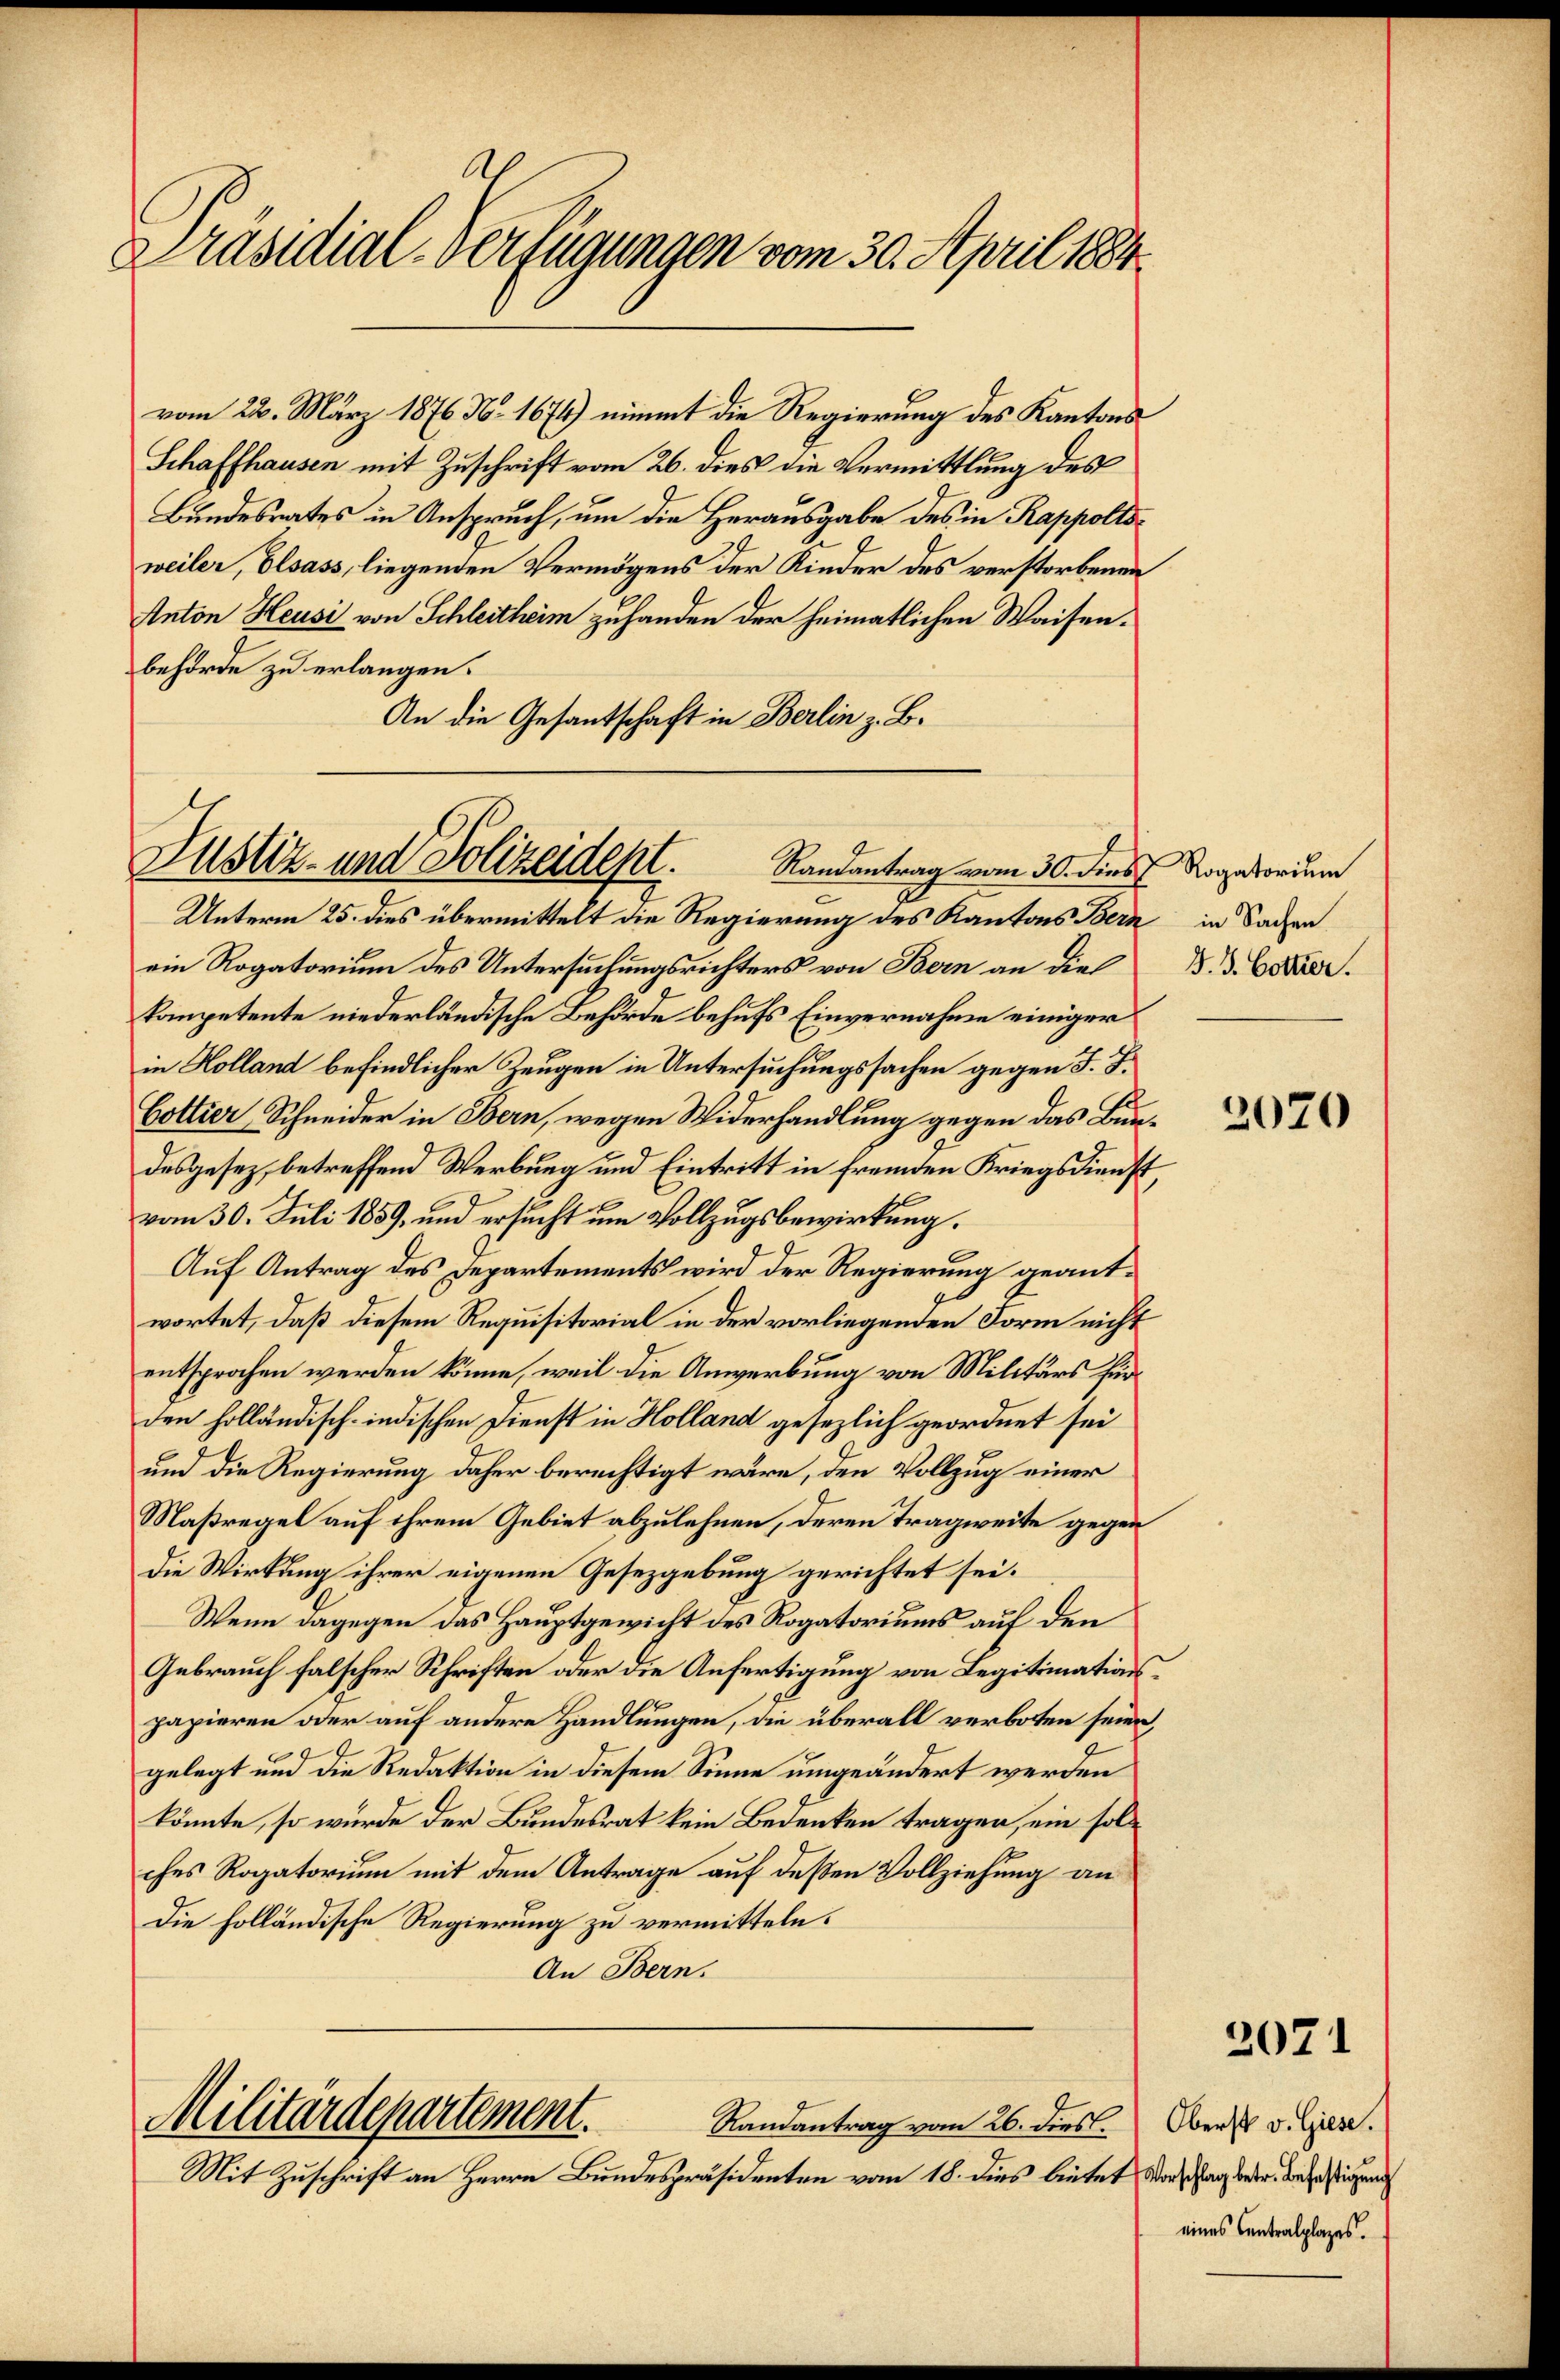
Präsidial-Verfügungen vom 30. April 1884

vom 22. März 1876 N. 1674) nimmt die Regierung des Kantons
Schaffhausen mit Zuschrift vom 26. dies die Vermittlung des
Bundesrates in Anspruch, um die Herausgabe des in Rappoltsweiler, Elsass, liegenden Vermögens der Kinder des verstorbenen
Anton Heusi von Schleitheim zuhanden der heimatlichen Waisenbehörde zu erlangen.
An die Gesantschaft in Berlin z. B.

Justiz- und Polizeidept. Randantrag vom 30. dies Rogatorium

Unterm 25. dies übermittelt die Regierung des Kantons Bern in Sachen
ein Rogatorium des Untersuchungsrichters von Bern an die B. d. Ester.
kompetente niederländische Behörde behufs Einvernahme einiger
in Holland befindlicher Zeugen in Untersuchungssachen gegen J. J.
Cottier, Schneider in Bern, wegen Widerhandlung gegen das Bundesgesez, betreffend Werbung und Eintritt in fremden Kriegsdienst,
vom 30. Juli 1859, und ersucht um Vollzugsbewirkung.
Auf Antrag des Departements wird der Regierung geantwortet, daß diesem Requisitorial in der vorliegenden Form nicht
entsprochen werden könne, weil die Anwerbung von Militärs für
den holländisch-indischen Dienst in Holland gesezlich geordnet sei
und die Regierung daher berechtigt wäre, den Vollzug einer
Maßregel auf ihrem Gebiet abzulehnen, deren Tragweite gegen
die Wirkung ihrer eigenen Gesetzgebung gerichtet sei.
Wenn dagegen das Hauptgewicht des Rogatoriums auf den
Gebrauch falscher Schriften oder die Anfertigung von Legitimationspapieren oder auf andere Handlungen, die überall verboten seien,
gelegt und die Redaktion in diesem Sinne umgeändert werden
könnte, so wurde der Bundesrat kein Bedenken tragen, ein solches Rogatorium mit dem Antrage auf deßen Vollziehung an
Die holländische Regierung zu vermitteln.
An Bern.

Militärdepartement.
Randantrag vom 26. dies.

Mit Zuschrift an Herrn Bundespräsidenten vom 18. dies bietet Vorschlag betr. Beistigung

2070

2071

Oberst v. Giese.
eines Centralplazes.